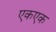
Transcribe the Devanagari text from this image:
एकएक